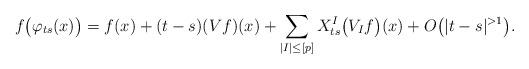
LaTeX: \begin{align*}f\big(\varphi_{ts}(x)\big) = f(x) + (t-s)(Vf)(x) + \sum_{|I|\leq [p]} X^I_{ts}\big(V_If\big)(x) + O\big(|t-s|^{>1}\big).\end{align*}